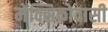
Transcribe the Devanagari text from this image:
मेक्सिकोवासी